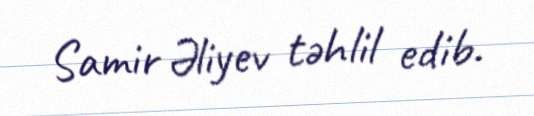
Samir Əliyev təhlil edib.